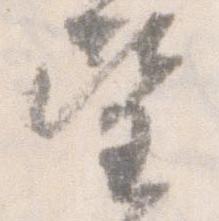
望